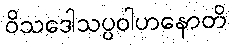
ဝိသဒေါသပ္ပဝါဟနောတိ